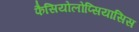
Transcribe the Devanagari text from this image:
फैसियोलोप्सियासिस